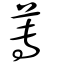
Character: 蓴